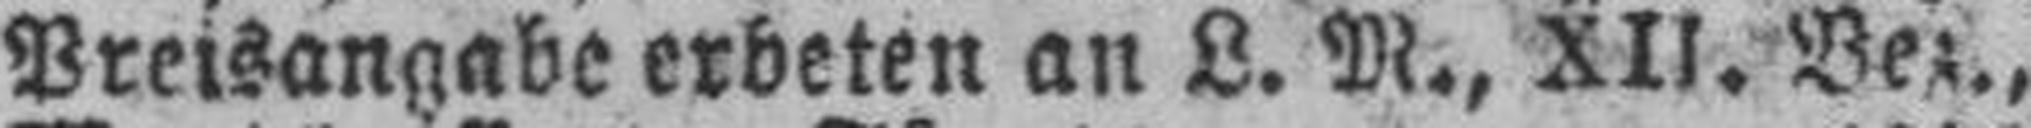
Preisangabe erbeten an L. M., XlI. Bez.,